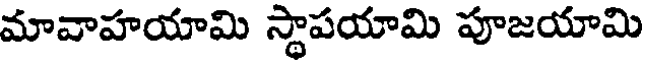
మావాహయామి స్థాపయామి పూజయామి